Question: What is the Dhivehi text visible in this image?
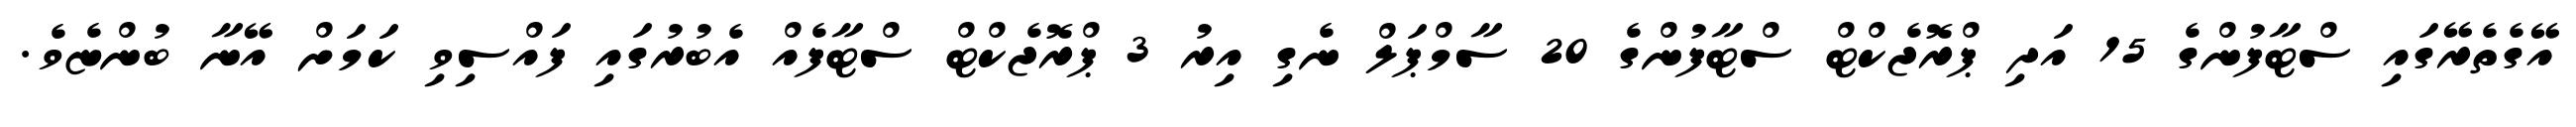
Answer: އޭގެތެރޭގައި ސްޓާފުންގެ 15 އަދި ޕްރޮޖެކްޓް ސްޓާފުންގެ 20 ސާމްޕަލް ނެގި އިރު 3 ޕްރޮޖެކްޓް ސްޓާފެއް އެބުރުގައި ފައްސިވި ކަމަށް އޭނާ ބުންޏެވެ.